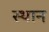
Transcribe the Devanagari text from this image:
स्ठान